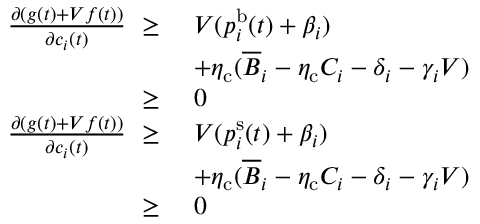
\begin{array} { r l } { \frac { \partial ( g ( t ) + V f ( t ) ) } { \partial c _ { i } ( t ) } ~ \ge ~ } & { V ( p _ { i } ^ { \mathrm { b } } ( t ) + \beta _ { i } ) } \\ & { + \eta _ { \mathrm { c } } ( \overline { { B } } _ { i } - \eta _ { \mathrm { c } } C _ { i } - \delta _ { i } - \gamma _ { i } V ) } \\ { \ge ~ } & { 0 } \\ { \frac { \partial ( g ( t ) + V f ( t ) ) } { \partial c _ { i } ( t ) } ~ \ge ~ } & { V ( p _ { i } ^ { \mathrm { s } } ( t ) + \beta _ { i } ) } \\ & { + \eta _ { \mathrm { c } } ( \overline { { B } } _ { i } - \eta _ { \mathrm { c } } C _ { i } - \delta _ { i } - \gamma _ { i } V ) } \\ { \ge ~ } & { 0 } \end{array}